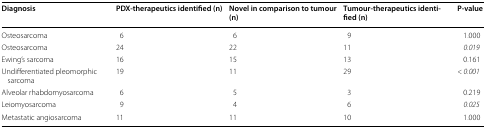
| Diagnosis | PDX-therapeutics identified (n) | Novel in comparison to tumour (n) | Tumour-therapeutics identified (n) | P-value |
 | --- | --- | --- | --- | --- |
 | Osteosarcoma | 6 | 6 | 9 | 1.000 |
 | Osteosarcoma | 24 | 22 | 11 | 0.019 |
 | Ewing’s sarcoma | 16 | 15 | 13 | 0.161 |
 | Undifferentiated pleomorphic sarcoma | 19 | 11 | 29 | < 0.001 |
 | Alveolar rhabdomyosarcoma | 6 | 5 | 3 | 0.219 |
 | Leiomyosarcoma | 9 | 4 | 6 | 0.025 |
 | Metastatic angiosarcoma | 11 | 11 | 10 | 1.000 |